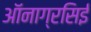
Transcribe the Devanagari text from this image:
ऑनाग्रसिई